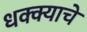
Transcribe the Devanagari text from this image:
धक्क्याचे